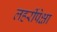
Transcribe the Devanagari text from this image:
लहरींपेक्षा